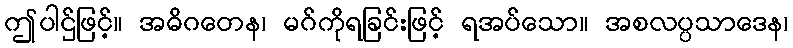
ဤပါဌ်ဖြင့်။ အဓိဂတေန၊ မဂ်ကိုရခြင်းဖြင့် ရအပ်သော။ အစလပ္ပသာဒေန၊